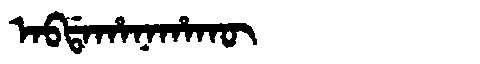
Manchu: ᠠᠪᡩᠠᡥᠠᠨᠠᡥᠠᡴᡡ
Romanization: ABDAHANAHAKŪ